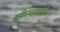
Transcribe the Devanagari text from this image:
महीमंगलदायकः।